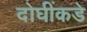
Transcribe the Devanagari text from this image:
दोघींकडे